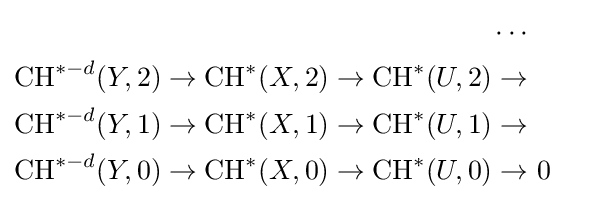
{\begin{aligned}\cdots \\{\text{CH}}^{*-d}(Y,2)\to {\text{CH}}^{*}(X,2)\to {\text{CH}}^{*}(U,2)\to &\\{\text{CH}}^{*-d}(Y,1)\to {\text{CH}}^{*}(X,1)\to {\text{CH}}^{*}(U,1)\to &\\{\text{CH}}^{*-d}(Y,0)\to {\text{CH}}^{*}(X,0)\to {\text{CH}}^{*}(U,0)\to &{\text{ }}0\end{aligned}}